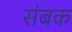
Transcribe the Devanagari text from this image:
संबक